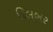
દિલબર